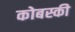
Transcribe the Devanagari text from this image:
कोबस्की